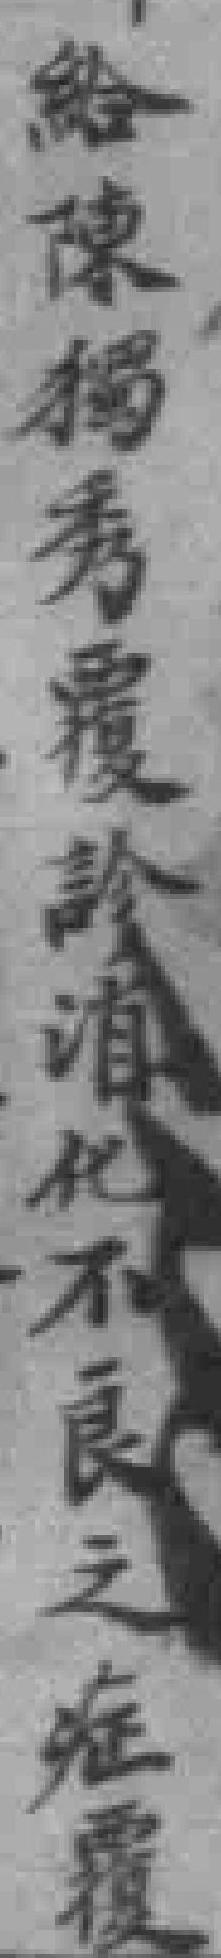
給陳獨秀覆診消化不良之症覆